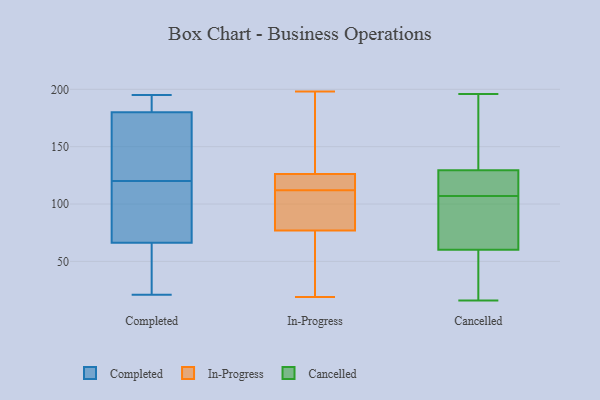
{"axis": {"x": "Customer Acquisition Cost (USD)", "y": "Value"}, "legend": ["Cancelled", "Completed", "In-Progress"], "data": [{"x": "", "y": 185, "type": "Completed"}, {"x": "", "y": 81, "type": "Completed"}, {"x": "", "y": 122, "type": "Completed"}, {"x": "", "y": 66, "type": "Completed"}, {"x": "", "y": 126, "type": "Completed"}, {"x": "", "y": 22, "type": "Completed"}, {"x": "", "y": 120, "type": "Completed"}, {"x": "", "y": 165, "type": "Completed"}, {"x": "", "y": 195, "type": "Completed"}, {"x": "", "y": 67, "type": "Completed"}, {"x": "", "y": 117, "type": "Completed"}, {"x": "", "y": 187, "type": "Completed"}, {"x": "", "y": 21, "type": "Completed"}, {"x": "", "y": 21, "type": "Completed"}, {"x": "", "y": 185, "type": "Completed"}, {"x": "", "y": 167, "type": "In-Progress"}, {"x": "", "y": 122, "type": "In-Progress"}, {"x": "", "y": 69, "type": "In-Progress"}, {"x": "", "y": 127, "type": "In-Progress"}, {"x": "", "y": 112, "type": "In-Progress"}, {"x": "", "y": 198, "type": "In-Progress"}, {"x": "", "y": 53, "type": "In-Progress"}, {"x": "", "y": 121, "type": "In-Progress"}, {"x": "", "y": 107, "type": "In-Progress"}, {"x": "", "y": 19, "type": "In-Progress"}, {"x": "", "y": 92, "type": "In-Progress"}, {"x": "", "y": 83, "type": "In-Progress"}, {"x": "", "y": 75, "type": "In-Progress"}, {"x": "", "y": 124, "type": "In-Progress"}, {"x": "", "y": 138, "type": "In-Progress"}, {"x": "", "y": 54, "type": "Cancelled"}, {"x": "", "y": 78, "type": "Cancelled"}, {"x": "", "y": 119, "type": "Cancelled"}, {"x": "", "y": 150, "type": "Cancelled"}, {"x": "", "y": 92, "type": "Cancelled"}, {"x": "", "y": 140, "type": "Cancelled"}, {"x": "", "y": 102, "type": "Cancelled"}, {"x": "", "y": 58, "type": "Cancelled"}, {"x": "", "y": 124, "type": "Cancelled"}, {"x": "", "y": 16, "type": "Cancelled"}, {"x": "", "y": 118, "type": "Cancelled"}, {"x": "", "y": 129, "type": "Cancelled"}, {"x": "", "y": 131, "type": "Cancelled"}, {"x": "", "y": 107, "type": "Cancelled"}, {"x": "", "y": 196, "type": "Cancelled"}, {"x": "", "y": 61, "type": "Cancelled"}, {"x": "", "y": 20, "type": "Cancelled"}]}